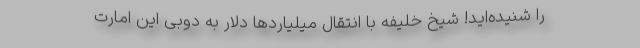
را شنیده‌اید! شیخ خلیفه با انتقال میلیاردها دلار به دوبی این امارت